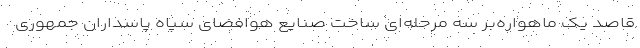
قاصد یک ماهواره‌بر سه مرحله‌ای ساخت صنایع هوافضای سپاه پاسداران جمهوری